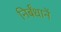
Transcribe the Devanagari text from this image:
निर्बंधानें